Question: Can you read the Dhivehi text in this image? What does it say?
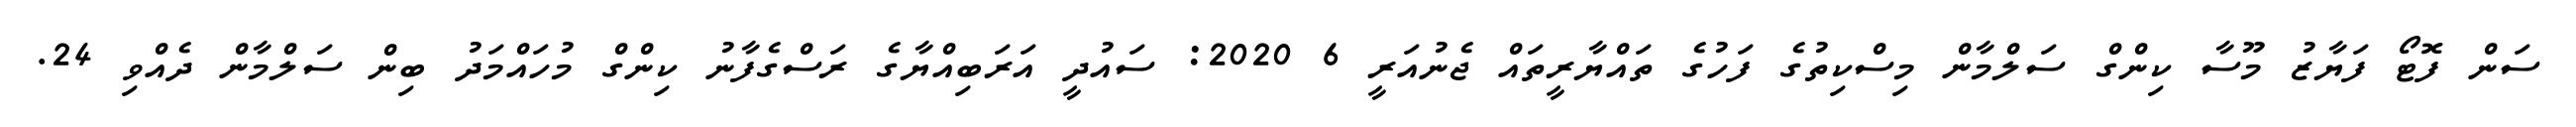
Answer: ސަން ފޮޓޯ ފަޔާޒު މޫސާ ކިންގް ސަލްމާން މިސްކިތުގެ ފަހުގެ ތައްޔާރީތައް ޖެނުއަރީ 6 2020: ސައުދީ އަރަބިއްޔާގެ ރަސްގެފާނު ކިންގް މުހައްމަދު ބިން ސަލްމާން ދެއްވި 24.